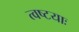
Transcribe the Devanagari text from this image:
त्वष्टयाः